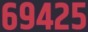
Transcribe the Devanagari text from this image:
६९४२५